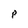
Character: p